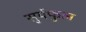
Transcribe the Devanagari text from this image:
सुर्यफुल